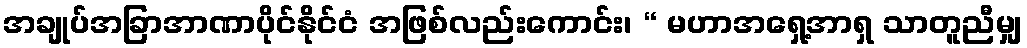
အချုပ်အခြာအာဏာပိုင်နိုင်ငံ အဖြစ်လည်းကောင်း၊ “ မဟာအရှေ့အာရှ သာတူညီမျှ